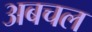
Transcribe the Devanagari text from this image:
अबचल